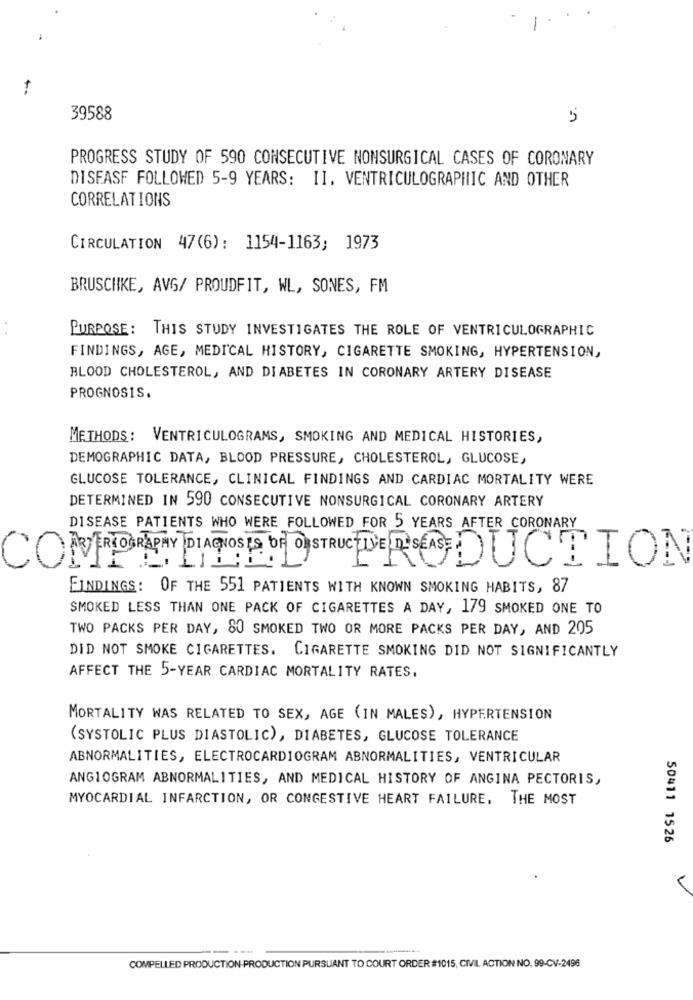
U.
39588
PROGRESS STUDY OF 590 CONSECUTIVE NONSURGICAL CASES OF CORONARY
DISEASE FOLLOWED 5-9 YEARS: II. VENTRICULOGRAPHIC AND OTHER
CORRELATIONS
CIRCULATION 47(6): 1154-1163; 1973
BRUSCHKE, AVG/ PROUDFIT, WL, SONES, FM
PURPOSE: THIS STUDY INVESTIGATES THE ROLE OF VENTRICULOGRAPHIC
FINDINGS, AGE, MEDICAL HISTORY, CIGARETTE SMOKING, HYPERTENSION,
BLOOD CHOLESTEROL, AND DIABETES IN CORONARY ARTERY DISEASE
PROGNOSIS.
METHODS: VENTRICULOGRAMS, SMOKING AND MEDICAL HISTORIES,
DEMOGRAPHIC DATA, BLOOD PRESSURE, CHOLESTEROL, GLUCOSE,
GLUCOSE TOLERANCE, CLINICAL FINDINGS AND CARDIAC MORTALITY WERE
DETERMINED IN 590 CONSECUTIVE NONSURGICAL CORONARY ARTERY
DISEASE PATIENTS WHO WERE FOLLOWED FOR 5 YEARS AFTER CORONARY
COMEAIDS RAPHY DIAGNOSE DATOS
UCEDE REDUCTION
FINDINGS: OF THE 551 PATIENTS WITH KNOWN SMOKING HABITS, 87
SMOKED LESS THAN ONE PACK OF CIGARETTES A DAY, 179 SMOKED ONE TO
TWO PACKS PER DAY, 80 SMOKED TWO OR MORE PACKS PER DAY, AND 205
DID NOT SMOKE CIGARETTES. CIGARETTE SMOKING DID NOT SIGNIFICANTLY
AFFECT THE 5-YEAR CARDIAC MORTALITY RATES.
MORTALITY WAS RELATED TO SEX, AGE (IN MALES), HYPERTENSION
(SYSTOLIC PLUS DIASTOLIC), DIABETES, GLUCOSE TOLERANCE
ABNORMALITIES, ELECTROCARDIOGRAM ABNORMALITIES, VENTRICULAR
ANGIOGRAM ABNORMALITIES, AND MEDICAL HISTORY OF ANGINA PECTORIS,
MYOCARDIAL INFARCTION, OR CONGESTIVE HEART FAILURE. THE MOST
50411 1526
COMPELLED PRODUCTION-PRODUCTION PURSUANT TO COURT ORDER $1015, CIVIL ACTION NO. 99-CV-2496